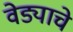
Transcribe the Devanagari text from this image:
वेड्याचे